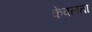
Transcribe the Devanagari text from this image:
केवलता